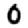
Digit: 0